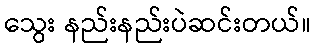
သွေး နည်းနည်းပဲဆင်းတယ်။